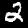
Label: 2